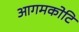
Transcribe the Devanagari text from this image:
आगमकोटि